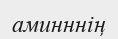
аминннің